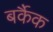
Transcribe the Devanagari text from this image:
बर्कैक